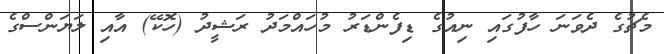
މެޗުގެ ދެވަނަ ހާފުގައި ނިއުގެ ޑިފެންޑަރު މުހައްމަދު ރަޝީދު (ހޮކޭ) އާއި ލަޔަންސްގެ